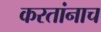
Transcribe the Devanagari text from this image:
करतांनाच